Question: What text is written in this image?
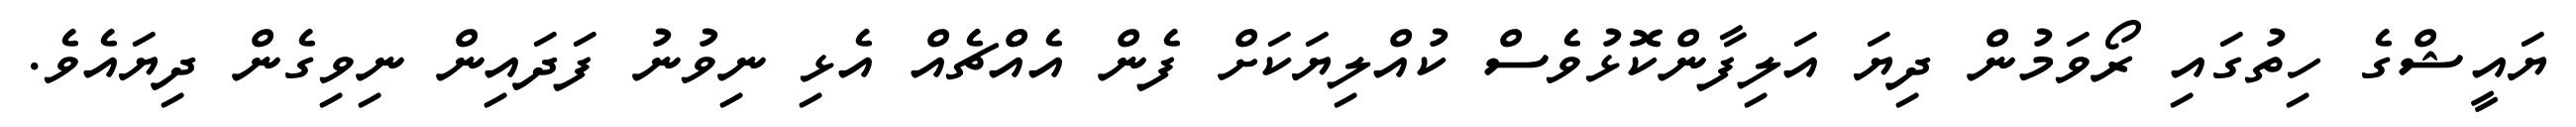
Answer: ޔައީޝްގެ ހިތުގައި ރޯވަމުން ދިޔަ އަލިފާންކޮޅުވެސް ކުއްލިޔަކަށް ފެން އެއްޗެއް އެޅި ނިވުނު ފަދައިން ނިވިގެން ދިޔައެވެ.